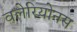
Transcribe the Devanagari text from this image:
वलेरियोनस